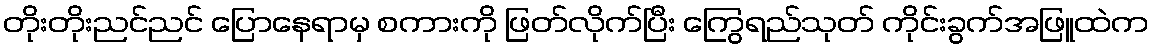
တိုးတိုးညင်ညင် ပြောနေရာမှ စကားကို ဖြတ်လိုက်ပြီး ကြွေရည်သုတ် ကိုင်းခွက်အဖြူထဲက